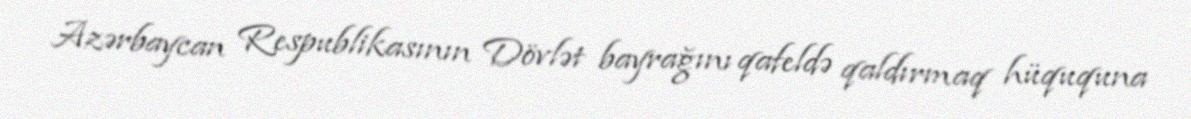
Azərbaycan Respublikasının Dövlət bayrağını qafeldə qaldırmaq hüququna